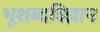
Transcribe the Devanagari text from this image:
भूशब्दविज्ञान